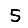
Digit: 5